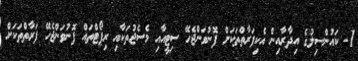
1- ކައުންސިލުގެ އިދާރާއިން އެކިފަރާތްތަކަށް ފޮނުވަންޖެހޭ ސިޓީއާއި މެސެޖުތަކާއި ރިޕޯޓްތައް ފޮނުވަންޖެހޭ ފަރާތްތަކަށް